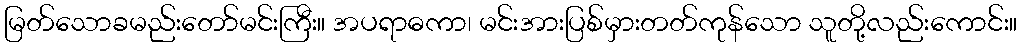
မြတ်သောခမည်းတော်မင်းကြီး။ အပရာဓကာ၊ မင်းအားပြစ်မှားတတ်ကုန်သော သူတို့လည်းကောင်း။